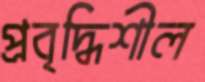
প্রবৃদ্ধিশীল